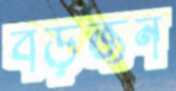
বড়জন